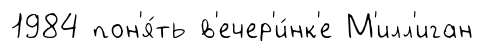
1984 пон'я́ть в'ечер'и́нк'е М'илл'иган